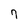
Character: 7